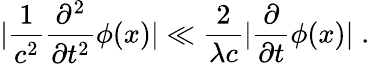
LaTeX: |\frac{1}{c^{2}}\frac{\partial^{2}}{\partial t^{2}}\phi(x)|\ll\frac{2}{\lambda c}|\frac{\partial}{\partial t}\phi(x)|\; .